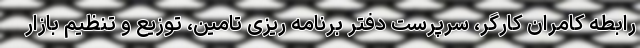
رابطه کامران کارگر، سرپرست دفتر برنامه ریزی تامین، توزیع و تنظیم بازار